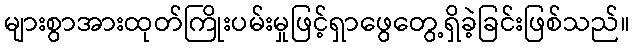
များစွာအားထုတ်ကြိုးပမ်းမှုဖြင့်ရှာဖွေတွေ့ရှိခဲ့ခြင်းဖြစ်သည်။